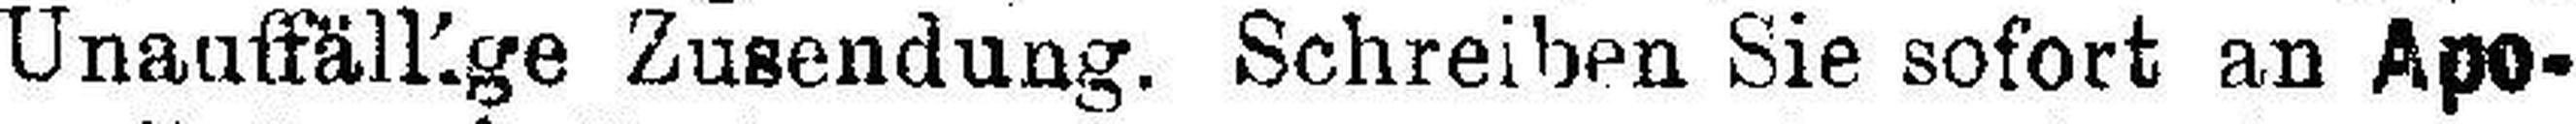
Unauffälkge Zusendung. Schreiben Sie sofort an Apo¬